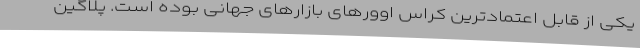
یکی از قابل اعتمادترین کراس اوورهای بازارهای جهانی بوده است. پلاگین